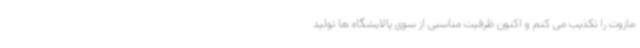
مازوت را تکذیب می کنم و اکنون ظرفیت مناسبی از سوی پالایشگاه ها تولید